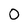
Character: O